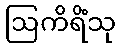
ဩကိရိံသု